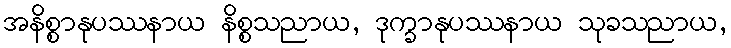
အနိစ္စာနုပဿနာယ နိစ္စသညာယ, ဒုက္ခာနုပဿနာယ သုခသညာယ,